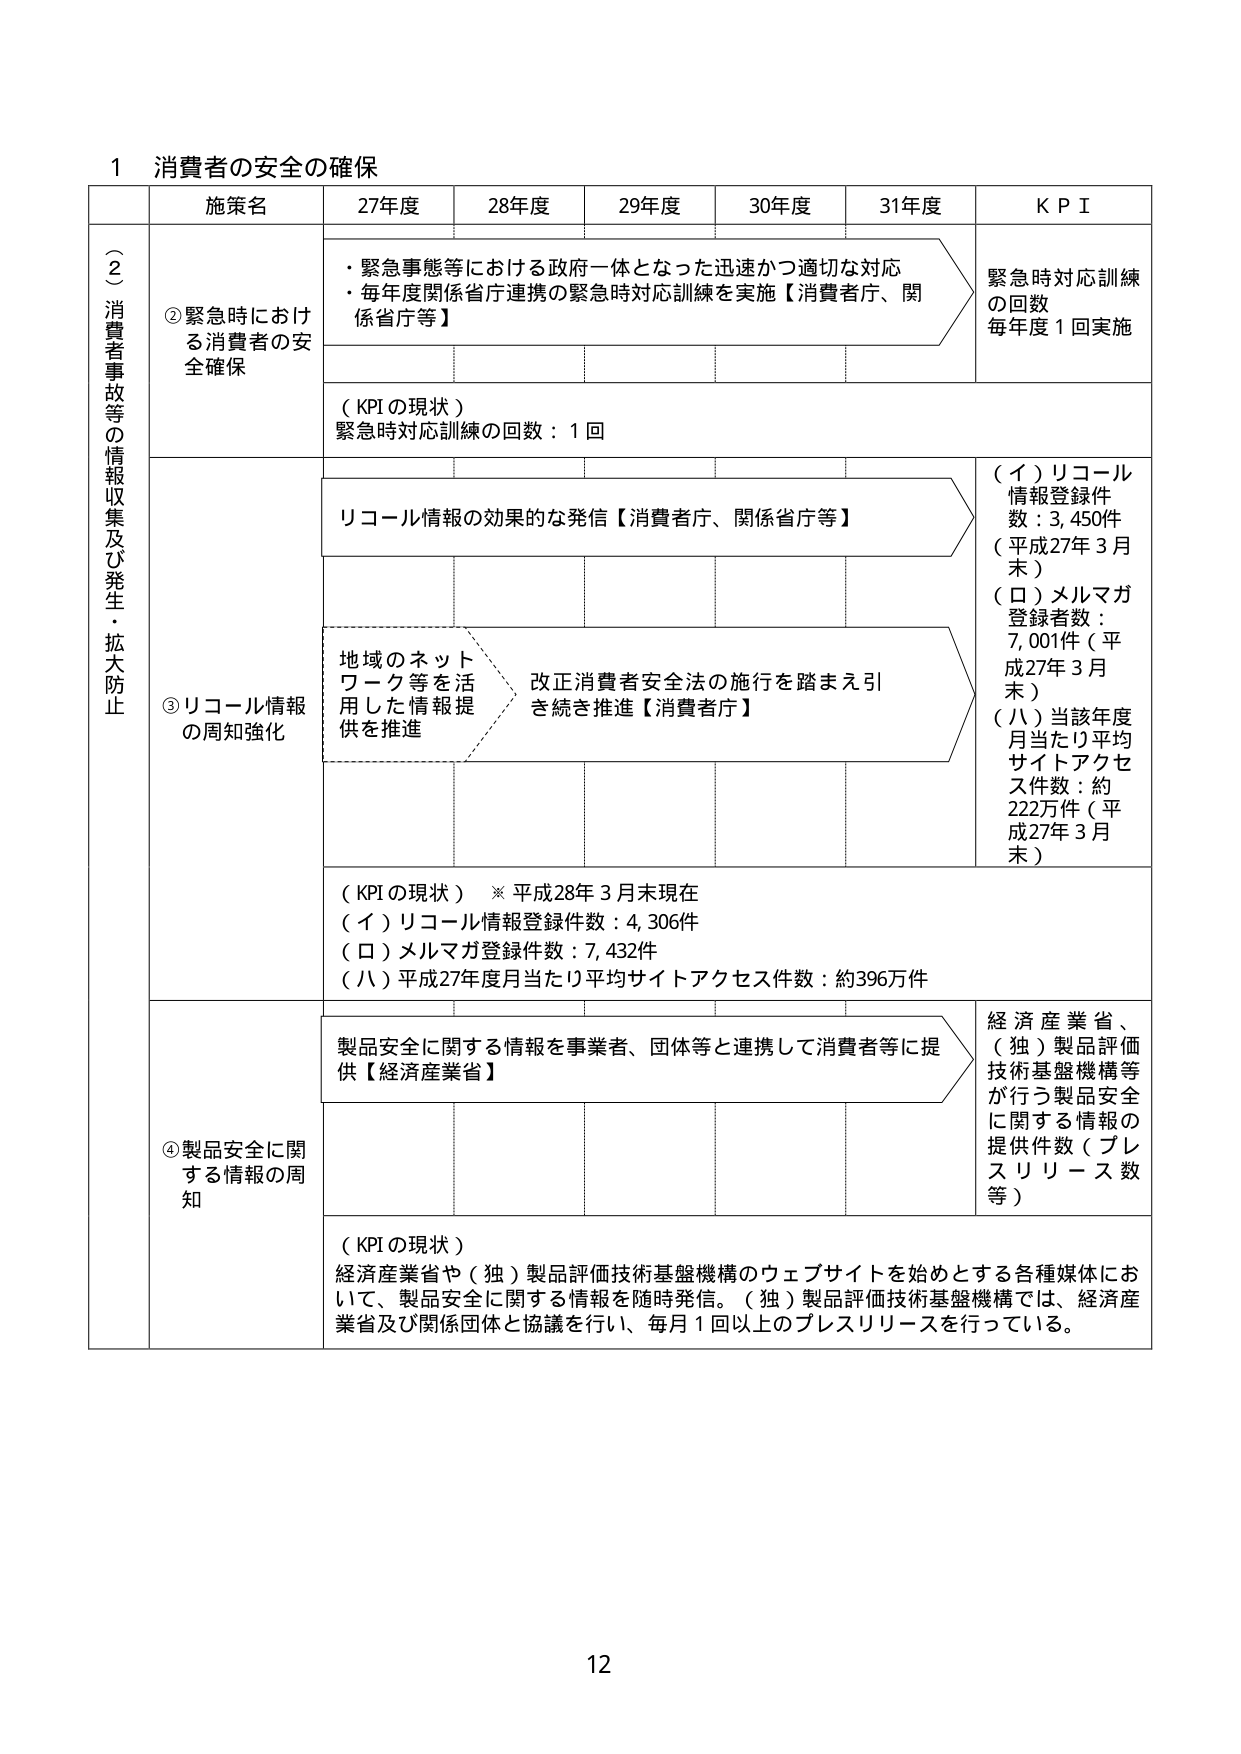
1 消費者の安全の確保

施策名 27年度 28年度 29年度 30年度 31年度 KPI

（２）消費者事故等の情報収集及び発生・拡大防止

②緊急時における消費者の安全確保
・緊急事態等における政府一体となった迅速かつ適切な対応
・毎年度関係省庁連携の緊急時対応訓練を実施【消費者庁、関係省庁等】

（KPIの現状）
緊急時対応訓練の回数：1回

緊急時対応訓練の回数
毎年度1回実施

③リコール情報の周知強化
リコール情報の効果的な発信【消費者庁、関係省庁等】

地域のネットワーク等を活用した情報提供を推進
改正消費者安全法の施行を踏まえ引き続き推進【消費者庁】

（KPIの現状）※平成28年3月末現在
（イ）リコール情報登録件数：4,306件
（ロ）メルマガ登録件数：7,432件
（ハ）平成27年度月当たり平均サイトアクセス件数：約396万件

（イ）リコール情報登録件数：3,450件（平成27年3月末）
（ロ）メルマガ登録者数：7,001件（平成27年3月末）
（ハ）当該年度月当たり平均サイトアクセス件数：約222万件（平成27年3月末）

④製品安全に関する情報の周知
製品安全に関する情報を事業者、団体等と連携して消費者等に提供【経済産業省】

（KPIの現状）
経済産業省や（独）製品評価技術基盤機構のウェブサイトを始めとする各種媒体において、製品安全に関する情報を随時発信。（独）製品評価技術基盤機構では、経済産業省及び関係団体と協議を行い、毎月1回以上のプレスリリースを行っている。

経済産業省、（独）製品評価技術基盤機構等が行う製品安全に関する情報の提供件数（プレスリリース数等）

12